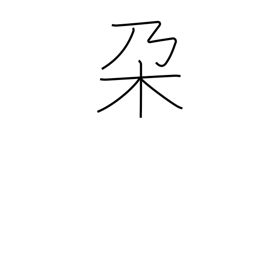
Meaning: branch